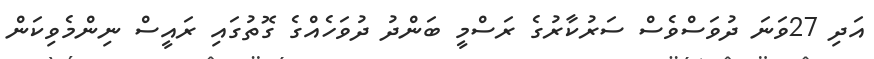
އަދި 27ވަނަ ދުވަސްވެސް ސަރުކާރުގެ ރަސްމީ ބަންދު ދުވަހެއްގެ ގޮތުގައި ރައީސް ނިންމެވިކަން